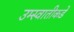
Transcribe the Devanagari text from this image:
उम्स्वातीकडे